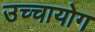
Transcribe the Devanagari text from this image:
उच्‍चायोग